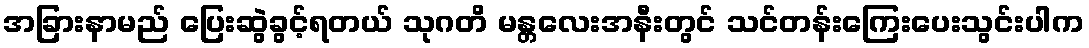
အခြားနာမည် ပြေးဆွဲခွင့်ရတယ် သုဂတိ မန္တလေးအနီးတွင် သင်တန်းကြေးပေးသွင်းပါက